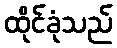
ထိုင်ခုံသည်